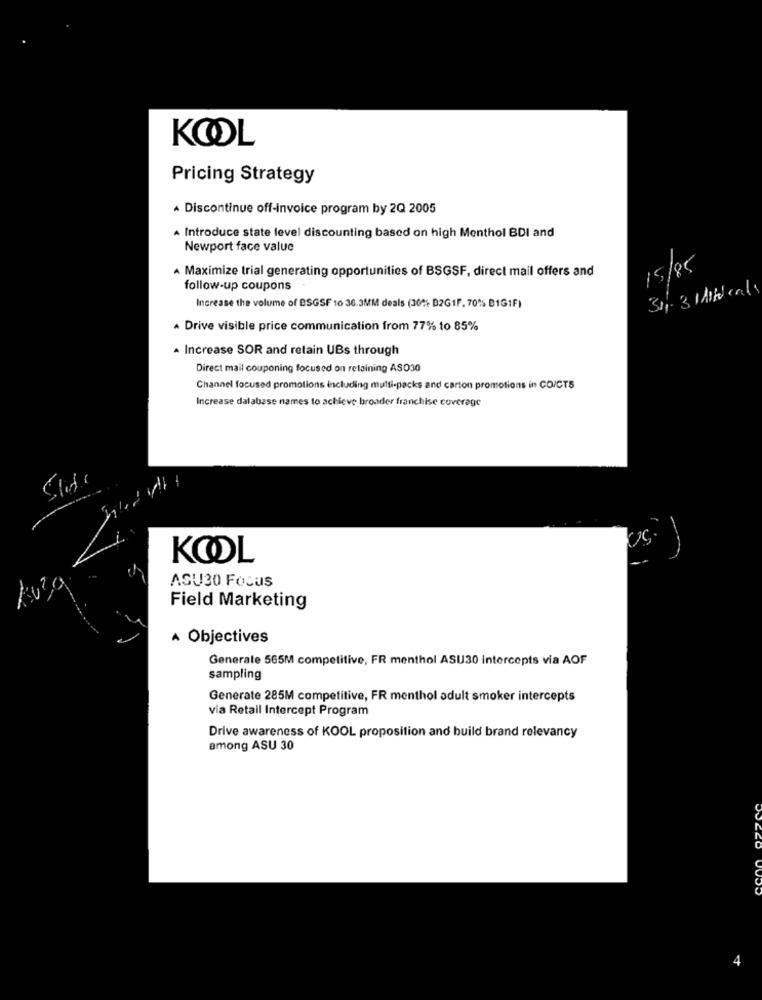
KOOL
Pricing Strategy
Discontinue off-Invoice program by 2Q 2005
A Introduce state level discounting based on high Menthol BDI and
Newport face value
A Maximize trial generating opportunities of BSGSF, direct mail offers and
15/85
follow-up coupons
Increase the volume of BSGSF 16 36.3MM deals (30% B2GIF. 70% BIG1F)
· Drive visible price communication from 77% to 85%
. Increase SOR and retain UBs through
Direct mail couponing focused on retaining ASO30
Channel focused promotions including multi-packs and carton promotions in CO/CTS
Increase database names to achieve broader franchise coverage
KOOL
ASU30 Focus
Field Marketing
A Objectives
Generate 565M competitive, FR menthol ASU30 intercepts via AOF
sampling
Generate 285M competitive, FR menthol adult smoker intercepts
via Retail Intercept Program
Drive awareness of KOOL proposition and build brand relevancy
among ASU 30
4